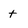
Character: t